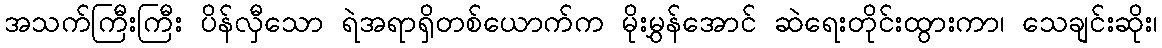
အသက်ကြီးကြီး ပိန်လှီသော ရဲအရာရှိတစ်ယောက်က မိုးမွှန်အောင် ဆဲရေးတိုင်းထွားကာ၊ သေချင်းဆိုး၊